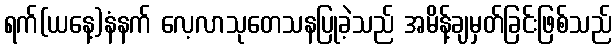
ရက်(ယနေ့)နံနက် လေ့လာသုတေသနပြုခဲ့သည် အမိန့်ချမှတ်ခြင်းဖြစ်သည်